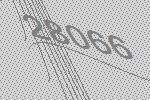
28066